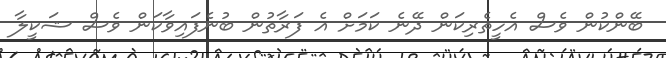
ބޭންކުން ވެސް އެހީތެރިކަން ދޭނެ ކަމަށް އެ ފަރާތުން ބުނެފައިވާކަން ވެސް ޝަކީލާ